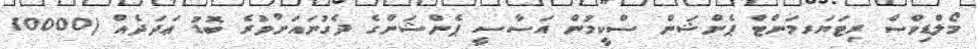
މޯލްޑިވްސް ރިޓަޔަރމަންޓް ޕެންޝަން ސްކީމުން އަސާސީ ޕެންޝަންގެ ދެގުނައަށްވުރެ ބޮޑު ޢަދަދެއް (10000